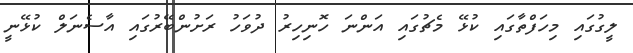
ލީގުގައި މިހަފްތާގައި ކުޅޭ މެޗުގައި އަންނަ ހޮނިހިރު ދުވަހު ރަށުންބޭރުގައި އާސެނަލް ކުޅޭނީ